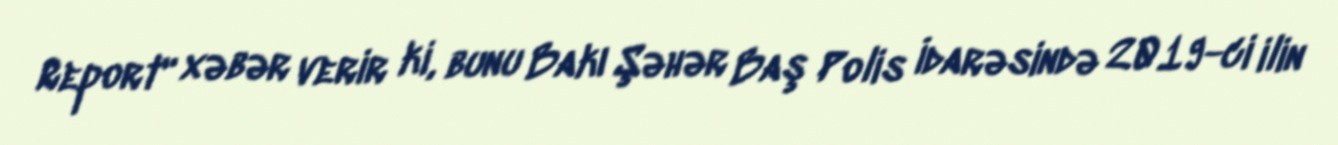
Report" xəbər verir ki, bunu Bakı Şəhər Baş Polis İdarəsində 2019-ci ilin